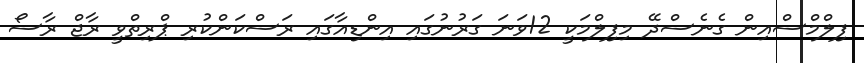
ފިލްމްސްއިން ގެނެސްދޭ މިފިލްމަކީ 12ވަނަ ގަރުނުގައި އިންޑިއާގައި ރަސްކަންކުރި ޕްރިތްވީ ރާޖް ރާސޯ